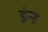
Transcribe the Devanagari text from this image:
इंन